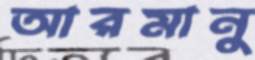
আরমানু